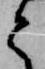
と